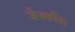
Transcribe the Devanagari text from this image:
जेर्स्कोवा